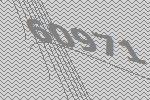
60971